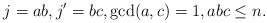
LaTeX: \begin{align*} j=ab,j'=bc,\gcd(a,c)=1,abc\le n.\end{align*}